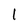
Character: 1